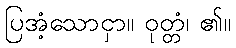
ပြအံ့သောငှာ။ ဝုတ္တံ၊ ၏။